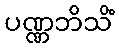
ပဏ္ဏဘိသိံ